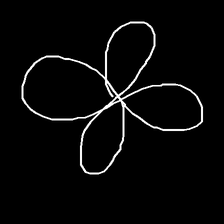
Glyph: billowing